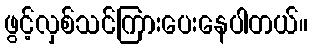
ဖွင့်လှစ်သင်ကြားပေးနေပါတယ်။